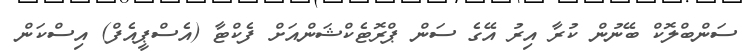
ސަންބްލޮކް ބޭނުން ކުރާ އިރު އޭގެ ސަން ޕްރޮޓެކްޝަންއަށް ފެކްޓާ (އެސްޕީއެފް) އިސްކަން